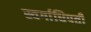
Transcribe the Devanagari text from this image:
स्वर्गाधिपती